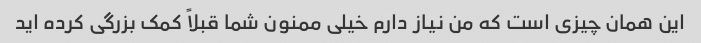
این همان چیزی است که من نیاز دارم خیلی ممنون شما قبلاً کمک بزرگی کرده اید